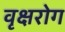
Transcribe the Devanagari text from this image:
वृक्षरोग